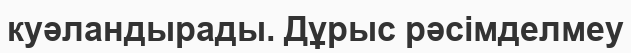
куәландырады. Дұрыс рәсімделмеу